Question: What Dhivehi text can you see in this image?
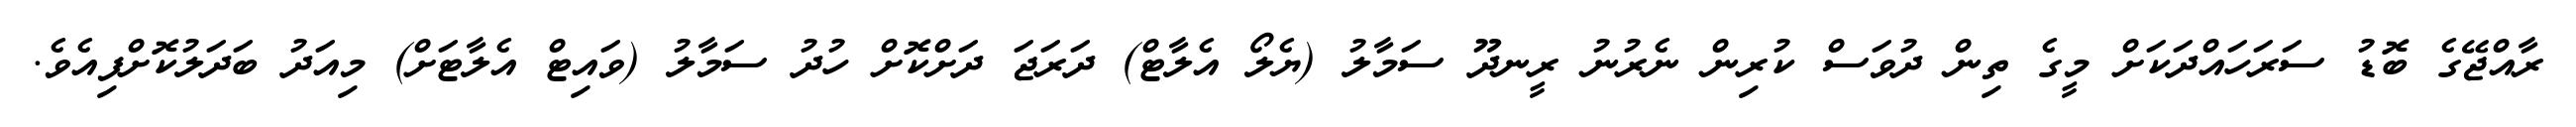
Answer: ރާއްޖޭގެ ބޮޑު ސަރަހައްދަކަށް މީގެ ތިން ދުވަސް ކުރިން ނެރުނު ރީނދޫ ސަމާލު (ޔެލޯ އެލާޓް) ދަރަޖަ ދަށްކޮށް ހުދު ސަމާލު (ވައިޓް އެލާޓަށް) މިއަދު ބަދަލުކޮށްފިއެވެ.